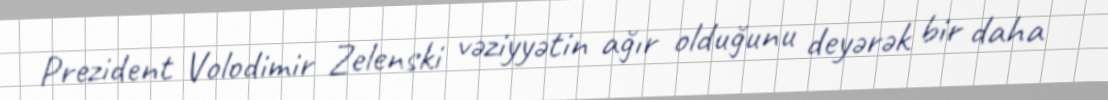
Prezident Volodimir Zelenski vəziyyətin ağır olduğunu deyərək bir daha